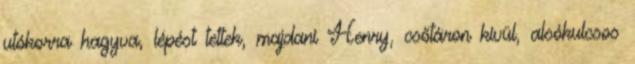
utókorra hagyva, lépést tettek, majdani Henry, csőtáron kívül, alsókulcsos